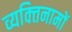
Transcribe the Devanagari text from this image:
व्यक्‍तिनामों